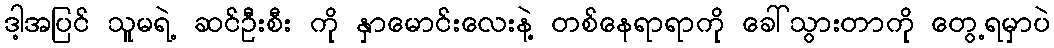
ဒါ့အပြင် သူမရဲ့ ဆင်ဦးစီး ကို နှာမောင်းလေးနဲ့ တစ်နေရာရာကို ခေါ်သွားတာကို တွေ့ရမှာပဲ